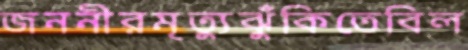
জননীরমৃত্যুঝুঁকিতেবিল